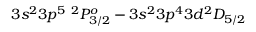
3 s ^ { 2 } 3 p ^ { 5 } ~ ^ { 2 } P _ { 3 / 2 } ^ { o } - 3 s ^ { 2 } 3 p ^ { 4 } 3 d ^ { 2 } D _ { 5 / 2 }